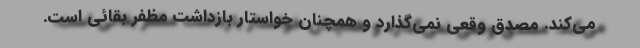
می‌کند. مصدق وقعی نمی‌گذارد و همچنان خواستار بازداشت مظفر بقائی است.